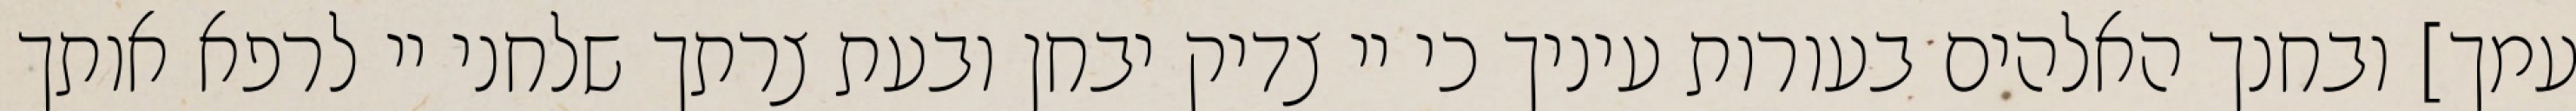
עמך] ובחנך האלהים בעורות עיניך כי יי צדיק יבחן ובעת צרתך שלחני יי לרפא אותך